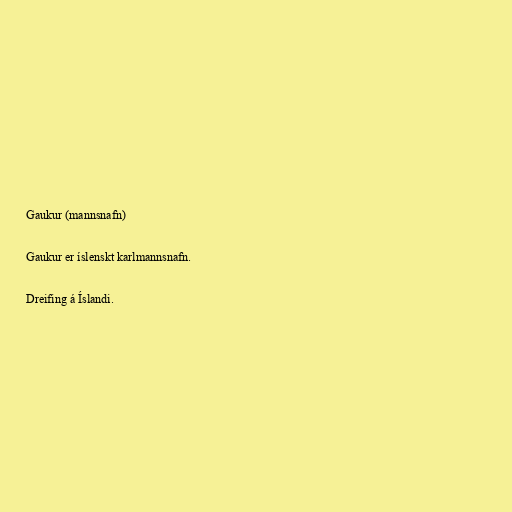
Gaukur (mannsnafn)

Gaukur er íslenskt karlmannsnafn.

Dreifing á Íslandi.